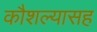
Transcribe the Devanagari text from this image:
कौशल्यासह